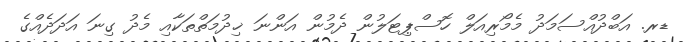
ޑރ. އަބްދުއްސަމަދު މެމޯރިއަލް ހޮސްޕިޓަލުން ދެމުން އަންނަ ޚިދުމަތްތަކާއި މެދު ގިނަ އަދަދެއްގެ